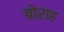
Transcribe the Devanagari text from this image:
बोराह